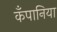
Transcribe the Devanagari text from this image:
कँपानिया